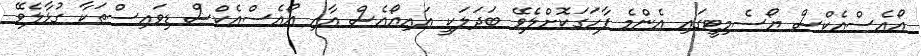
އޯއެސްއެކްސް ޔޯސެމިޓީގައި އެންމެ ފާހަގަކޮށްލެވޭ ބަދަލަކީ އައިއޯއެސް އާއި އޯއެސްއެކްސް ޑިވައިސްތަކާ ގުޅާލެވޭ